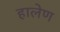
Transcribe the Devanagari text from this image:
हालेण